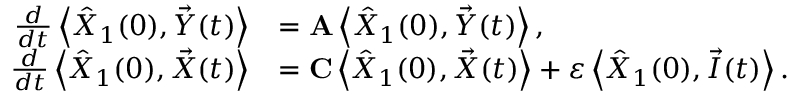
\begin{array} { r l } { \frac { d } { d t } \left\langle \hat { X } _ { 1 } ( 0 ) , \vec { Y } ( t ) \right\rangle } & { = \mathbf { A } \left\langle \hat { X } _ { 1 } ( 0 ) , \vec { Y } ( t ) \right\rangle , } \\ { \frac { d } { d t } \left\langle \hat { X } _ { 1 } ( 0 ) , \vec { X } ( t ) \right\rangle } & { = \mathbf { C } \left\langle \hat { X } _ { 1 } ( 0 ) , \vec { X } ( t ) \right\rangle + \varepsilon \left\langle \hat { X } _ { 1 } ( 0 ) , \vec { I } ( t ) \right\rangle . } \end{array}